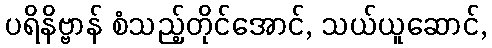
ပရိနိဗ္ဗာန် စံသည့်တိုင်အောင်, သယ်ယူဆောင်,